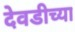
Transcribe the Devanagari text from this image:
देवडीच्या